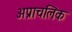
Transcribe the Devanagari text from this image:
अप्राचलिक